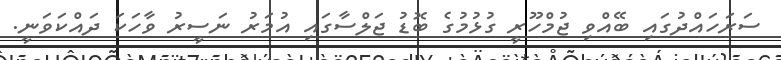
ސަރަހައްދުގައި ބޭއްވި ޖުމްހޫރީ ގުޅުމުގެ ބޮޑު ޖަލްސާގައި އުމަރު ނަސީރު ވާހަކަ ދައްކަވަނީ.